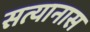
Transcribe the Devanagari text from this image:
सत्यानास